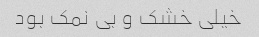
خیلی خشک و بی نمک بود